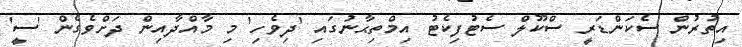
އިތުރުން ސެކަންޑަރީ ސްކޫލް ސެޓުފިކެޓު އިމްތިޙާނުގައި 'ދިވެހި' މި މާއްދާއިން ދަށްވެގެން 'ސީ'